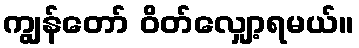
ကျွန်တော် ဝိတ်လျှော့ရမယ်။